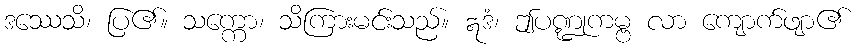
ဒဿေသိ၊ ပြ၏။ သက္ကော၊ သိကြားမင်းသည်။ ဣဒံ၊ ဤပဏ္ဍုကမ္ဗ လာ ကျောက်ဖျာ၏